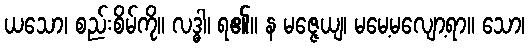
ယသော၊ စည်းစိမ်ကို။ လဒ္ဓါ၊ ရ၏။ န မဇ္ဇေယျ၊ မမေ့မလျော့ရာ။ သော၊